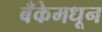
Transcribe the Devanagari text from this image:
बँकेमधून